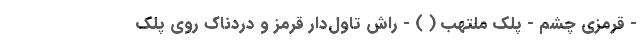
- قرمزی چشم - پلک ملتهب ( ) - راش تاول‌دار قرمز و دردناک روی پلک